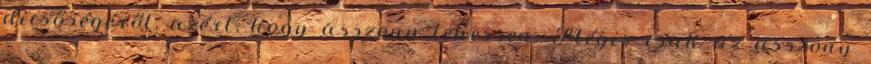
dicsőségéről, azért, hogy asszony lehessen. Mégis csak az asszony